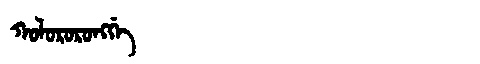
Manchu: ᡤᠣᠯᠣᡵᠣᡵᠣᠩᡤᡝ
Romanization: GOLORORONGGE